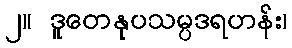
၂။ ဒူတေနုပသမ္ပဒရဟန်း၊